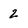
Character: 2